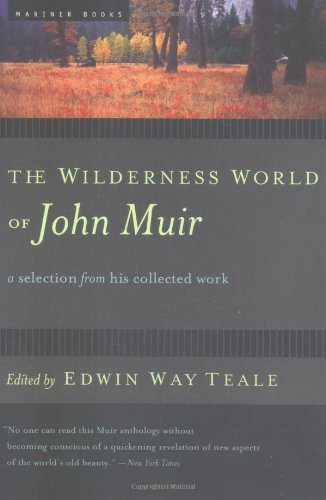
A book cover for The Wilderness World of John Muir; John Muir; Biographies & Memoirs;